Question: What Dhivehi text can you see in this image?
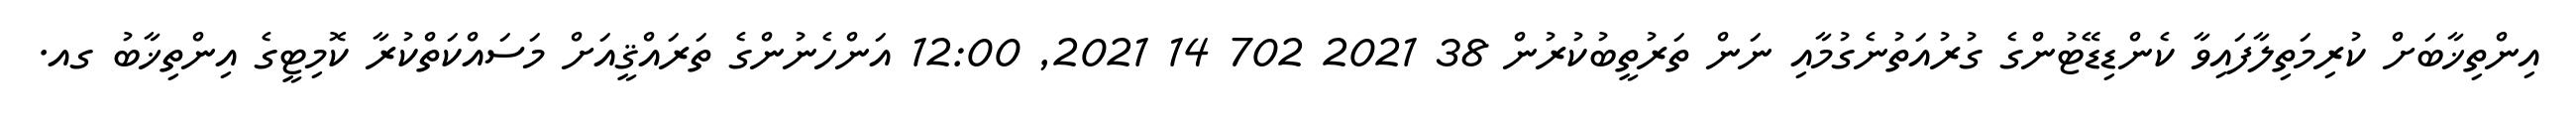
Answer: އިންތިޚާބަށް ކުރިމަތިލާފައިވާ ކެންޑިޑޭޓުންގެ ގުރުއަތުނެގުމާއި ނަން ތަރުތީބުކުރުން 38 2021 702 14 2021, 12:00 އަންހެނުންގެ ތަރައްޤީއަށް މަސައްކަތްކުރާ ކޮމިޓީގެ އިންތިޚާބު ގއ.